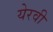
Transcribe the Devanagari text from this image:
येरवी